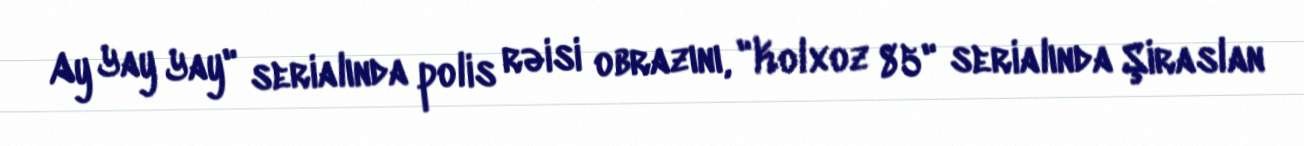
Ay Yay Yay" serialında polis rəisi obrazını, "Kolxoz 85" serialında Şiraslan